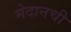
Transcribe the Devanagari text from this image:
मेदानची